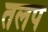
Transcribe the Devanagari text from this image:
तलप